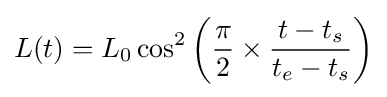
L(t)=L_{0}\cos ^{2}\left({\frac {\pi }{2}}\times {\frac {t-t_{s}}{t_{e}-t_{s}}}\right)